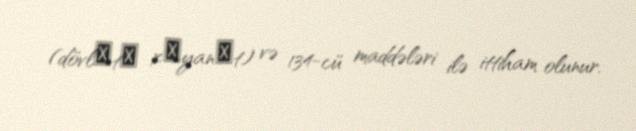
(dövlәtә xәyanәt) və 134-cü maddələri ilə ittiham olunur.